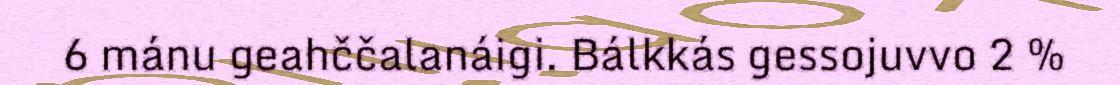
6 mánu geahččalanáigi. Bálkkás gessojuvvo 2 %